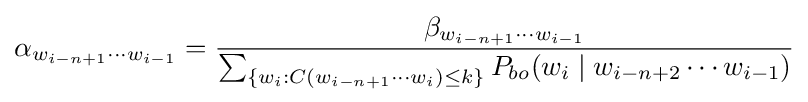
\alpha _{w_{i-n+1}\cdots w_{i-1}}={\frac {\beta _{w_{i-n+1}\cdots w_{i-1}}}{\sum _{\{w_{i}:C(w_{i-n+1}\cdots w_{i})\leq k\}}P_{bo}(w_{i}\mid w_{i-n+2}\cdots w_{i-1})}}